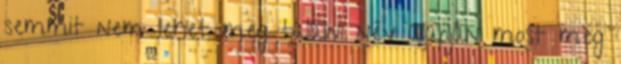
semmit nem lehet meg találni név alapján most meg